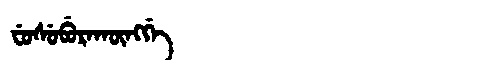
Manchu: ᠸᡠᠰᡠᠪᡠᡵᠠᡴᡡᠩᡤᡝ
Romanization: FUSUBURAKŪNGGE